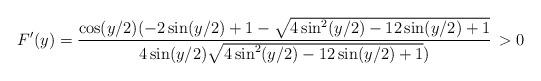
LaTeX: \begin{align*} F'(y)= \frac{\cos(y/2)(-2 \sin(y/2) + 1 -\sqrt{4 \sin^{2}(y/2) - 12 \sin(y/2)+1}}{4 \sin(y/2) \sqrt{4 \sin^{2}(y/2) - 12 \sin(y/2)+1})} \, > 0\end{align*}